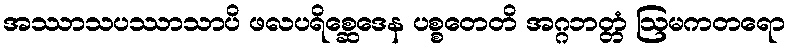
အဿာသပဿာသာပိ ဖလပရိစ္ဆေဒေန ပစ္စတေတိ အဂ္ဂဘတ္တံ ဩမကတရော